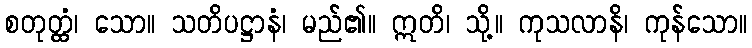
စတုတ္ထံ၊ သော။ သတိပဋ္ဌာနံ၊ မည်၏။ ဣတိ၊ သို့။ ကုသလာနိ၊ ကုန်သော။